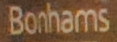
Bonhams